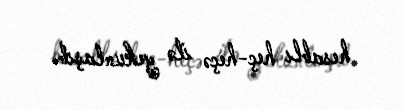
hesablı heç-heçə ilə yekunlaşıb.